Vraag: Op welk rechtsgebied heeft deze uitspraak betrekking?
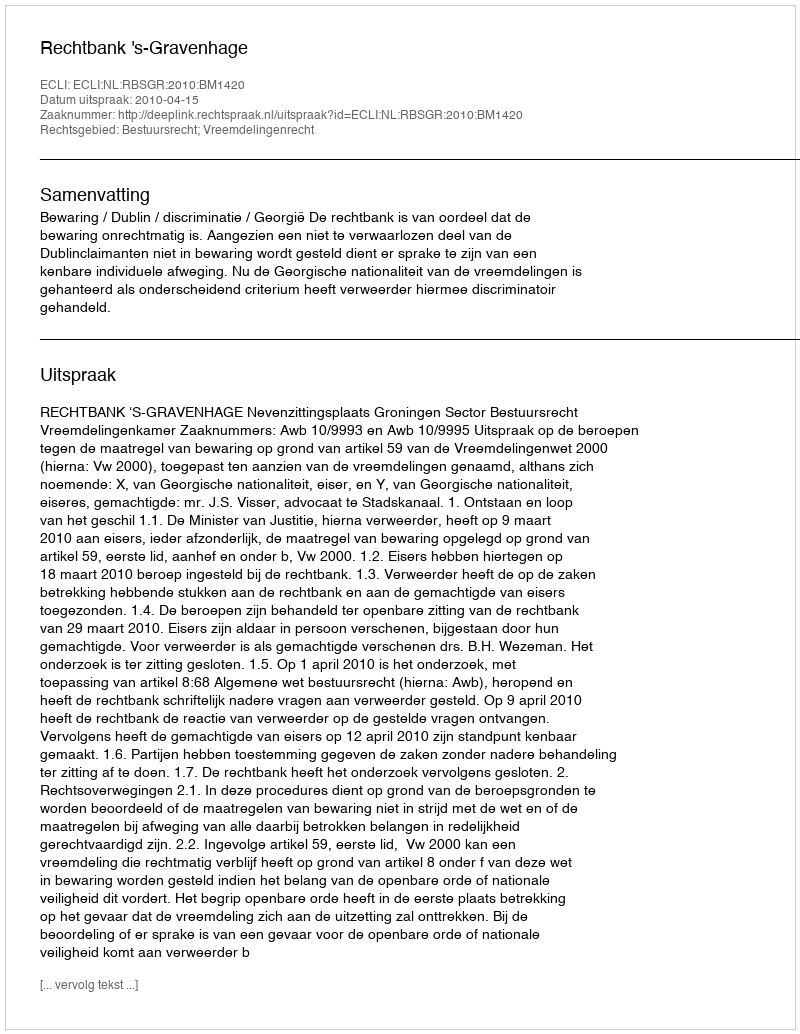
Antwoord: Bestuursrecht; Vreemdelingenrecht